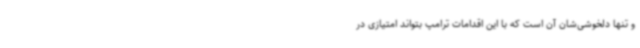
و تنها دلخوشی‌شان آن است که با این اقدامات ترامپ بتواند امتیازی در